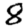
Digit: 8